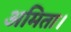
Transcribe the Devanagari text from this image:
अमिता।